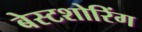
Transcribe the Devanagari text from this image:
बेस्टशोरिंग